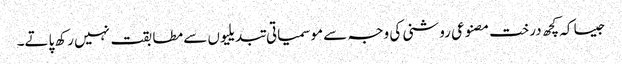
جیسا کہ کچھ درخت مصنوعی روشنی کی وجہ سے موسمیاتی تبدیلیوں سے مطابقت نہیں رکھ پاتے۔